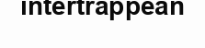
intertrappean